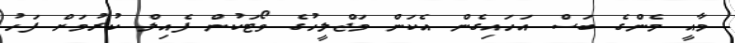
މާއީ މެންގެ ބަސް އަހައިގެން އެކަން މަޖްލީހުގެ ވޯޓަކުން ފެއިލް ކުރުމަށް ފަހު